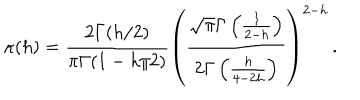
LaTeX: \kappa ( h ) = \frac { 2 \Gamma ( h / 2 ) } { \pi \Gamma ( 1 - h / 2 ) } \left( \frac { \sqrt { \pi } \Gamma \left( \frac { 1 } { 2 - h } \right) } { 2 \Gamma \left( \frac { h } { 4 - 2 h } \right) } \right) ^ { 2 - h } \, .